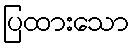
ပြထားသော